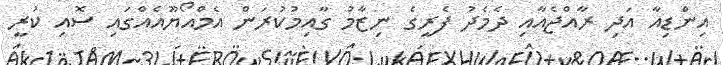
އިންޑިއާ އަދި ރާއްޖެއާއި ދެމެދު ފެރީގެ ނިޒާމު ގާއިމުކުރަން އެމްއޯޔޫއެއްގައި ސޮއި ކުރީ